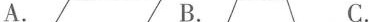
A. B. C.